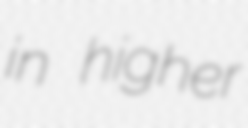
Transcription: in higher